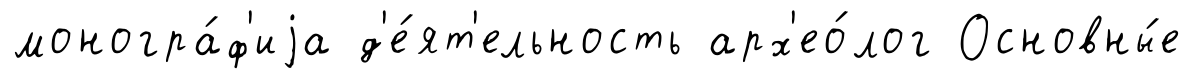
моногра́ф'иjа д'е́ят'ельность арх'ео́лог Основны́е